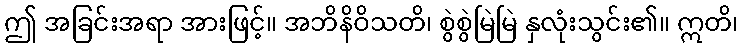
ဤ အခြင်းအရာ အားဖြင့်။ အဘိနိဝိသတိ၊ စွဲစွဲမြဲမြဲ နှလုံးသွင်း၏။ ဣတိ၊